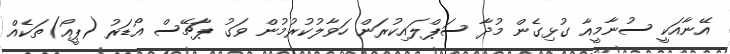
އޭނާއަކީ ސުނާމީއާ ގުޅިގެން މުދާ ސަޕްލައިކުރަން ހަވާލުކުރުމުން ވަގު ޕާޗޭސް އޯޑަރު (ޕީއޯ)ތަކެއް